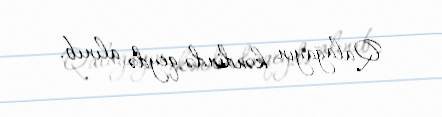
Qalağayın kəndində qeydə alınıb.